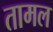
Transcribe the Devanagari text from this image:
तामल